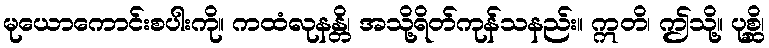
မုယောကောင်းစပါးကို။ ကထံလုနန္တိ၊ အသို့ရိတ်ကုန်သနည်း။ ဣတိ၊ ဤသို့။ ပုစ္ဆိ၊